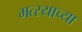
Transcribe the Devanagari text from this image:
मत्स्याच्या